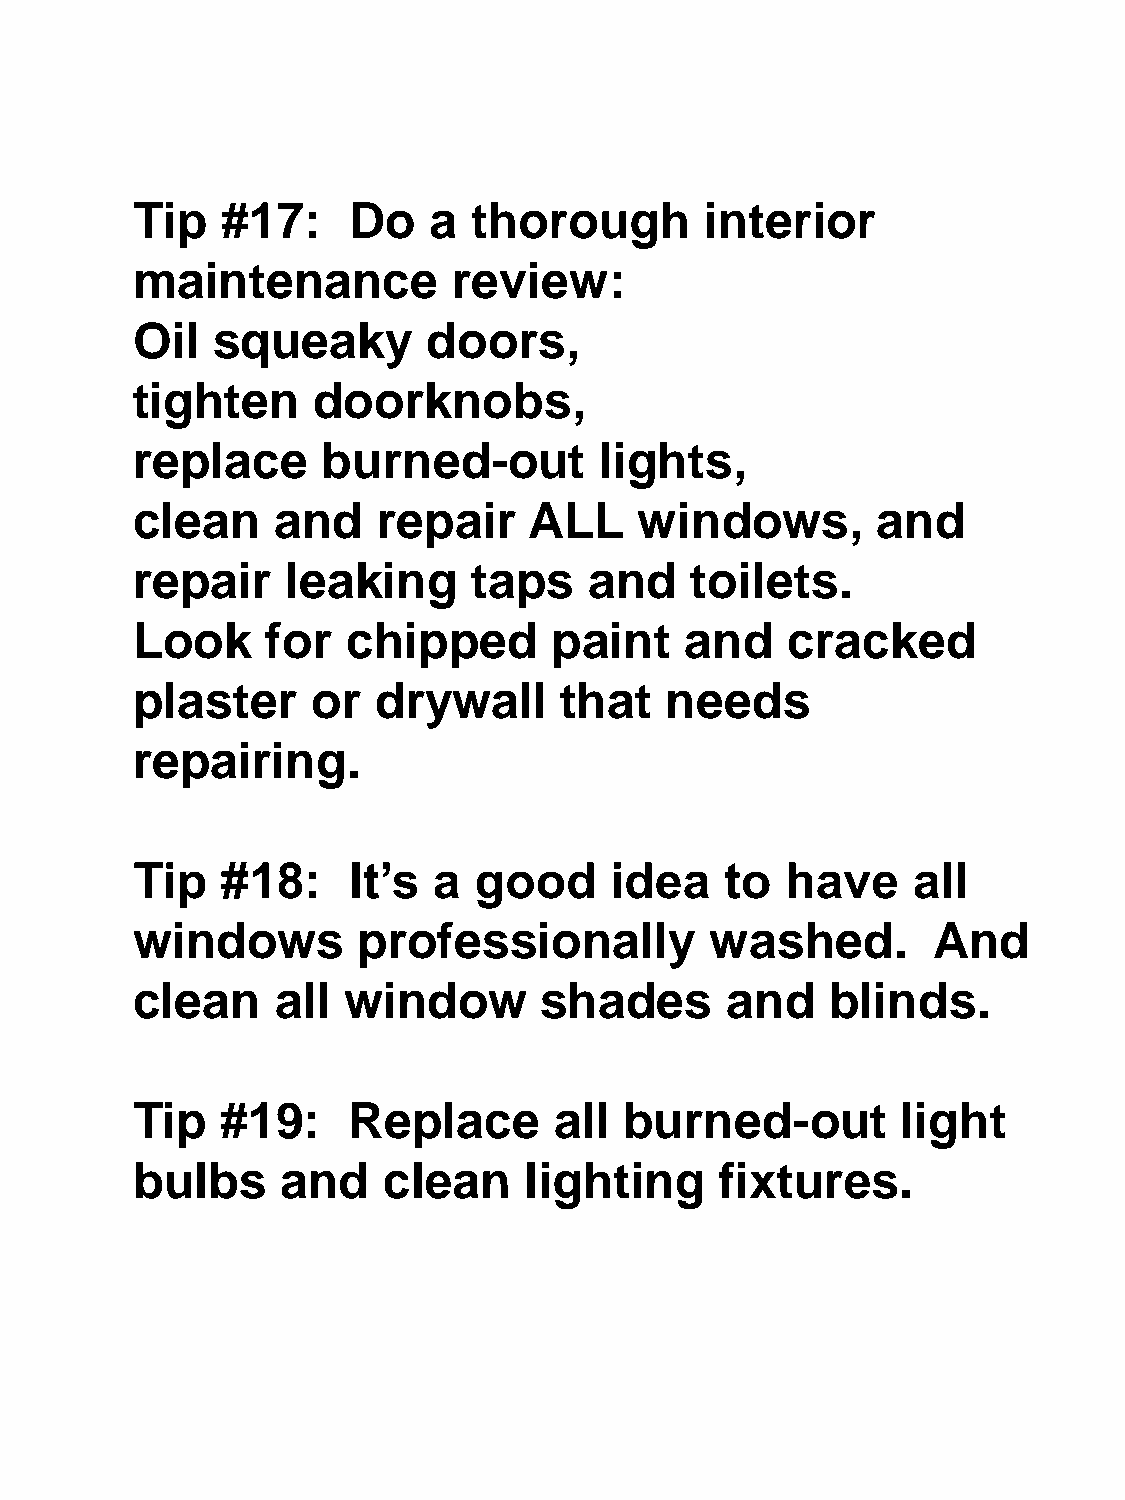
Tip   #17:    Do   a  thorough        interior
 maintenance          review:
 Oil  squeaky       doors,
 tighten     doorknobs,
 replace     burned-out         lights,
 clean    and    repair    ALL    windows,        and
 repair    leaking     taps    and    toilets.
 Look     for  chipped       paint   and    cracked
 plaster     or  drywall     that   needs
 repairing.
 Tip   #18:    It’s  a good     idea    to  have    all
 windows        professionally         washed.        And
 clean    all  window       shades      and    blinds.
 Tip   #19:    Replace       all burned-out         light
 bulbs     and   clean     lighting     fixtures.